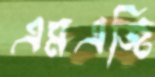
এমএজি